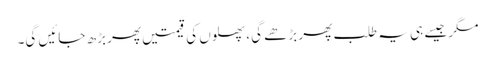
مگر جیسے ہی یہ طلب پھر بڑھے گی، پھلوں کی قیمتیں پھر بڑھ جائیں گی۔